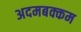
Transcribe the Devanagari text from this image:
अदमबक्कम